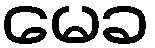
မေခ